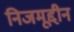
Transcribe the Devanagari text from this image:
निजमूद्दीन